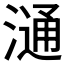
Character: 𣻢